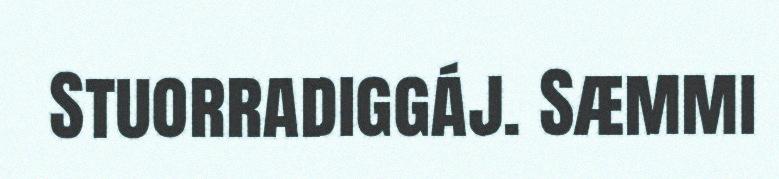
Stuorradiggáj. Sæmmi